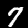
Digit: 7